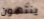
ينتهون